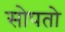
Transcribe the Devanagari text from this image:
सोपतो